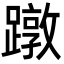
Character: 蹾